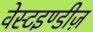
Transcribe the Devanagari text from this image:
वेस्टइण्डीज़